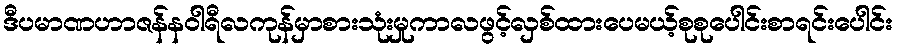
ဒီပမာဏဟာဇန်နဝါရီလကုန်မှာစားသုံးမှုကာလဖွင့်လှစ်ထားပေမယ့်စုစုပေါင်းစာရင်းပေါင်း